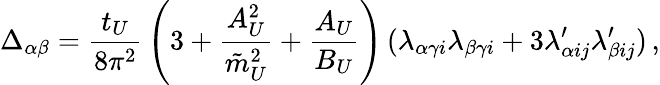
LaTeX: \Delta_{\alpha\beta}={\frac{t_{U}}{8\pi^{2}}}\left(3+{\frac{A_{U}^{2}}{\tilde{m}_{U}^{2}}}+{\frac{A_{U}}{B_{U}}}\right)\, (\lambda_{\alpha\gamma i}\lambda_{\beta\gamma i}+3\lambda_{\alpha ij}^{\prime}\lambda_{\beta ij}^{\prime})\, ,